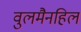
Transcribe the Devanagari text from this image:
वुलमैनहिल